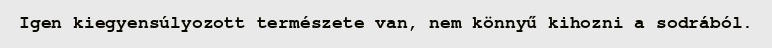
Igen kiegyensúlyozott természete van, nem könnyű kihozni a sodrából.